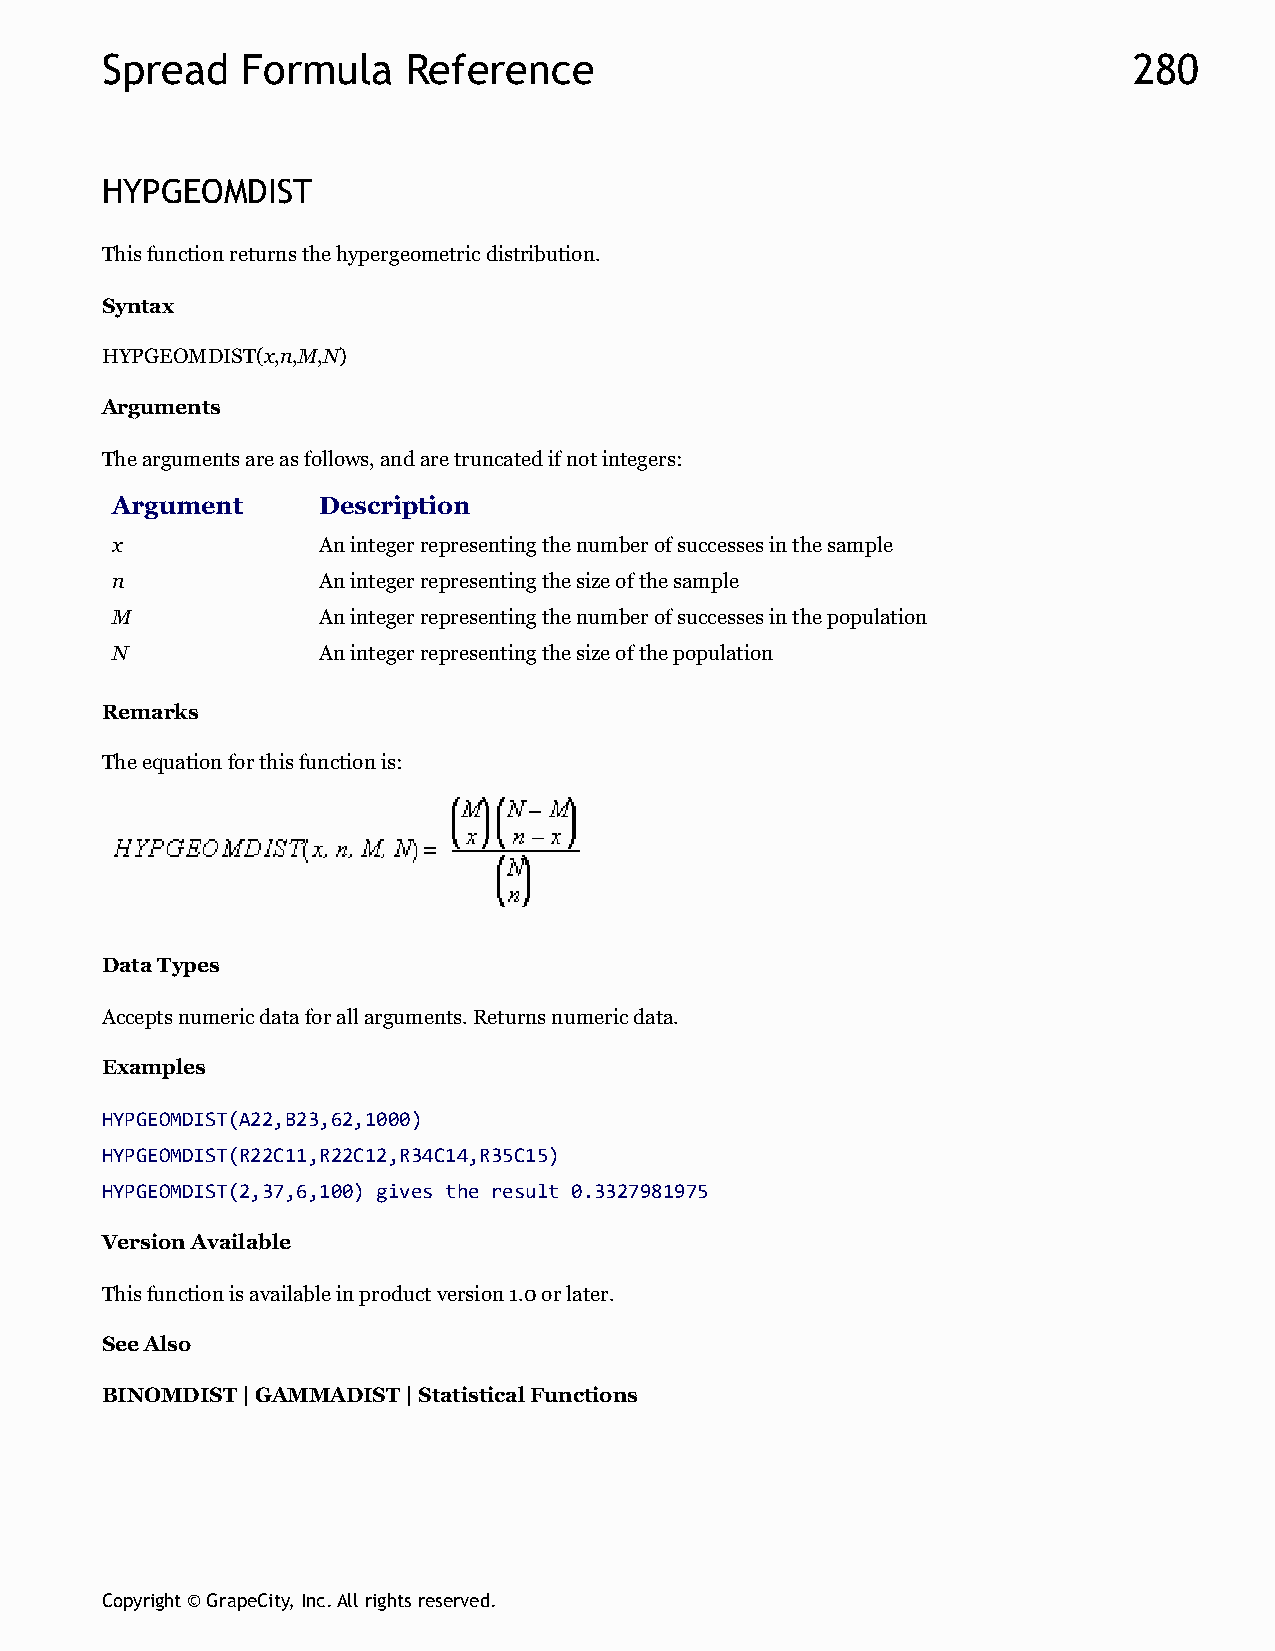
Spread   Formula    Reference                                       280
 HYPGEOMDIST
 This function returns the hypergeometric distribution.
 Syntax
 HYPGEOMDIST(x,n,M,N)
 Arguments
 The arguments are as follows, and are truncated if not integers:
 Argument      Description
 x             An integer representing the number of successes in the sample
 n             An integer representing the size of the sample
 M             An integer representing the number of successes in the population
 N             An integer representing the size of the population
 Remarks
 The equation for this function is:
 Data Types
 Accepts numeric data for all arguments. Returns numeric data.
 Examples
 HYPGEOMDIST(A22,B23,62,1000)
 HYPGEOMDIST(R22C11,R22C12,R34C14,R35C15)
 HYPGEOMDIST(2,37,6,100) gives the result 0.3327981975
 Version Available
 This function is available in product version 1.0 or later.
 See Also
 BINOMDIST | GAMMADIST | Statistical Functions
 Copyright © GrapeCity, Inc. All rights reserved.